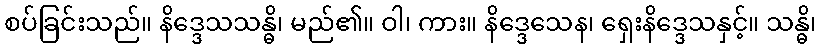
စပ်ခြင်းသည်။ နိဒ္ဒေသသန္ဓိ၊ မည်၏။ ဝါ၊ ကား။ နိဒ္ဒေသေန၊ ရှေးနိဒ္ဒေသနှင့်။ သန္ဓိ၊